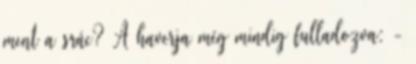
ment a srác? A haverja még mindig fulladozva: -